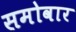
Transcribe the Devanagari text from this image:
समोवार